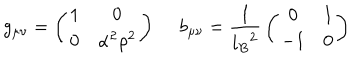
g _ { \mu \nu } = \left( \begin{array} { c c } { { 1 } } & { { 0 } } \\ { { 0 } } & { { \alpha ^ { 2 } \rho ^ { 2 } } } \\ \end{array} \right) \ b _ { \mu \nu } = { \frac { 1 } { { l _ { B } } ^ { 2 } } } \left( \begin{array} { c c } { { 0 } } & { { 1 } } \\ { { - 1 } } & { { 0 } } \\ \end{array} \right)